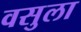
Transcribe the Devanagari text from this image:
वसुला